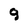
Character: 9